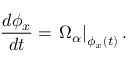
{ \frac { d \phi _ { x } } { d t } } = \left. \Omega _ { \alpha } \right| _ { \phi _ { x } ( t ) } .